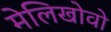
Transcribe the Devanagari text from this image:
मेलिखोवो